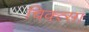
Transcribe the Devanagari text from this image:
चिक्त्सा